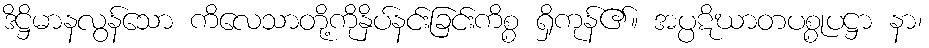
ဒိဋ္ဌိမာနလွန်သော ကိလေသာတို့ကိုနှိပ်နင်းခြင်းကိစ္စ ရှိကုန်၏။ အပ္ပဋိဃာတပစ္စုပဋ္ဌာ နာ၊